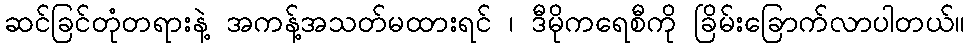
ဆင်ခြင်တုံတရားနဲ့ အကန့်အသတ်မထားရင် ၊ ဒီမိုကရေစီကို ခြိမ်းခြောက်လာပါတယ်။